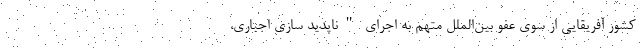
کشور آفریقایی از سوی عفو بین‌الملل متهم به اجرای "ناپدید سازی اجباری،